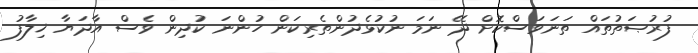
ފުރުޞަތުތައް ތަނަވަސްކޮށް ދޭ ނަމަ ނުކުޅެދުންތެރިކަން ހުންނަ ކުދިން ވެސް އާދަޔާ ޚިލާފު